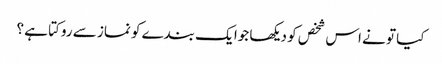
کیا تو نے اس شخص کو دیکھا جوا یک بندے کو نماز سے روکتا ہے ؟